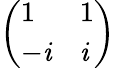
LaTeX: \left(\begin{array}{ll}{1}&{1}\\ {-\mathit{i}}&{\mathit{i}}\end{array}\right)